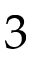
3